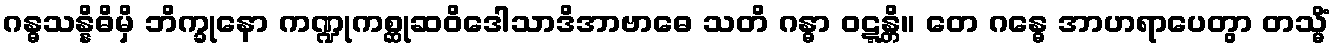
ဂန္ဓသန္နိဓိမှိ ဘိက္ခုနော ကဏ္ဍုကစ္ဆုဆဝိဒေါသာဒိအာဗာဓေ သတိ ဂန္ဓာ ဝဋ္ဋန္တိ။ တေ ဂန္ဓေ အာဟရာပေတွာ တသ္မိံ